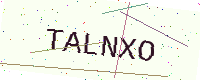
Text: TALNXO